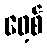
ဖေ့စ်